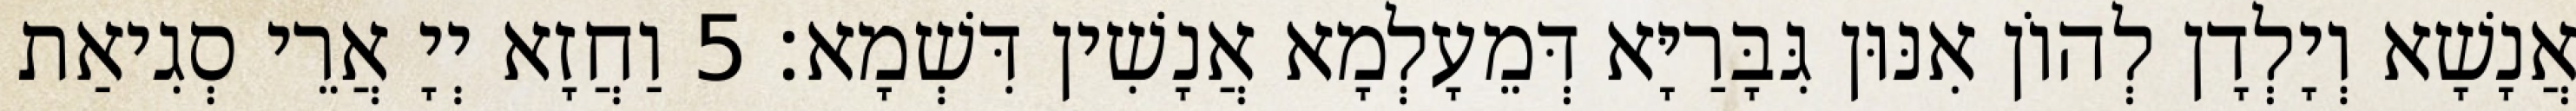
אֲנָשָׁא וְיָלְדָן לְהוֹן אִנּוּן גִּבָּרַיָּא דְּמֵעָלְמָא אֲנָשִׁין דִּשְׁמָא׃ 5 וַחֲזָא יְיָ אֲרֵי סְגִיאַת